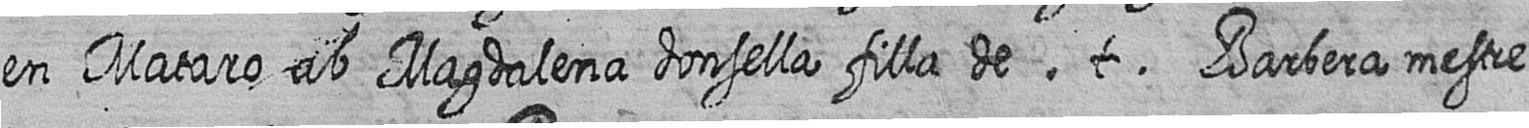
en Mataro ab Magdalena donsella filla de t Barbera mestre